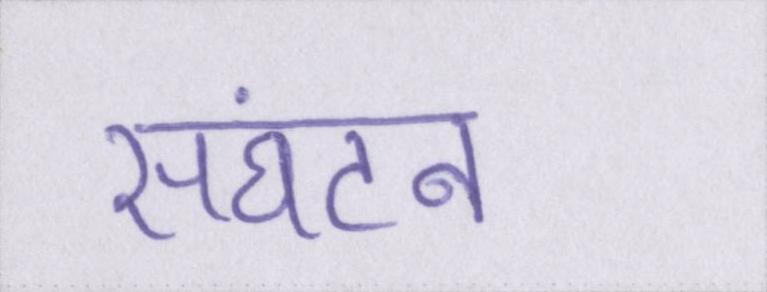
संघटन